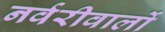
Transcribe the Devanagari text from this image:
नर्वरीवालों